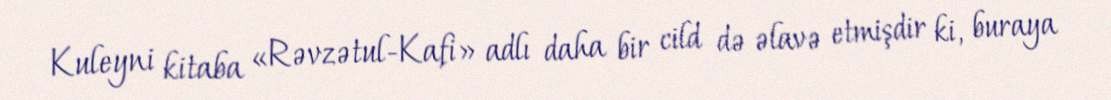
Kuleyni kitaba «Rəvzətul-Kafi» adlı daha bir cild də əlavə etmişdir ki, buraya